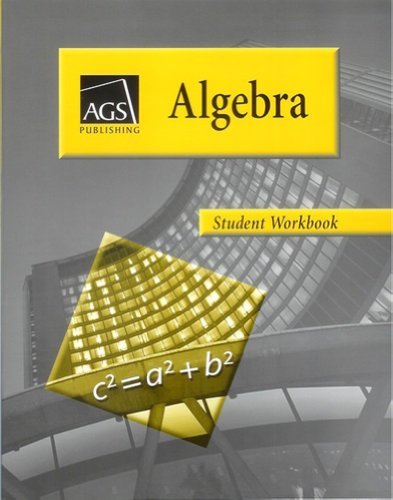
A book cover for ALGEBRA STUDENT WORKBOOK; AGS Secondary; Test Preparation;